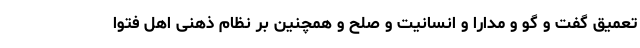
تعمیق گفت و گو و مدارا و انسانیت و صلح و همچنین بر نظام ذهنی اهل فتوا